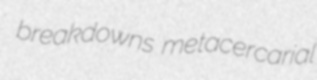
breakdowns metacercarial